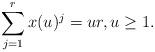
LaTeX: \begin{align*}\sum_{j=1}^rx(u)^j=ur, u\geq 1.\end{align*}